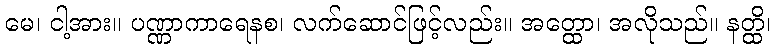
မေ၊ ငါ့အား။ ပဏ္ဏာကာရေနစ၊ လက်ဆောင်ဖြင့်လည်း။ အတ္ထော၊ အလိုသည်။ နတ္ထိ၊